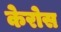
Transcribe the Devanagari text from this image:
केरोस